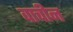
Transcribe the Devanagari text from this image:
वाचीन